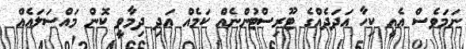
ނަމަވެސް އެއީ ކިހާ އަދަދެއްގެ ޓޫރިސްޓުންނެއް ކަމެއް އަދި ދިމާވީ ކޮން މައްސަލައެއް